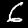
Digit: 6